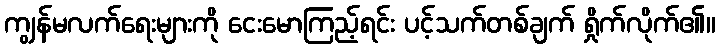
ကျွန်မလက်ရေးများကို ငေးမောကြည့်ရင်း ပင့်သက်တစ်ချက် ရှိုက်လိုက်၏။